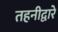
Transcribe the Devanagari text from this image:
तहनीद्वारे